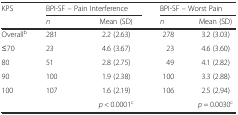
<table><thead><tr><td><b>KPS</b></td><td colspan="2"><b>BPI-SF – Pain Interference</b></td><td colspan="2"><b>BPI-SF – Worst Pain</b></td></tr><tr><td></td><td><b><i>n</i></b></td><td><b>Mean (SD)</b></td><td><b><i>n</i></b></td><td><b>Mean (SD)</b></td></tr></thead><tbody><tr><td>Overall<sup>b</sup></td><td>281</td><td>2.2 (2.63)</td><td>278</td><td>3.2 (3.03)</td></tr><tr><td>≤70</td><td>23</td><td>4.6 (3.67)</td><td>23</td><td>4.6 (3.60)</td></tr><tr><td>80</td><td>51</td><td>2.8 (2.75)</td><td>49</td><td>4.1 (2.82)</td></tr><tr><td>90</td><td>100</td><td>1.9 (2.38)</td><td>100</td><td>3.3 (2.88)</td></tr><tr><td>100</td><td>107</td><td>1.6 (2.19)</td><td>106</td><td>2.5 (2.94)</td></tr><tr><td></td><td></td><td><i>p</i> &lt; 0.0001<sup>c</sup></td><td></td><td><i>p</i> = 0.0030<sup>c</sup></td></tr></tbody></table>